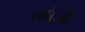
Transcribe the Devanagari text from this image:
खोजीं